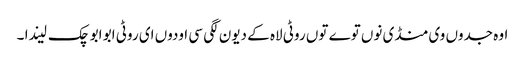
اوہ جدوں وی منڈی نوں توے توں روٹی لاہ کے دیون لگی سی اودوں ای روٹی ابو ابو چک لیندا ۔